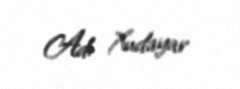
Ad: Xudayar